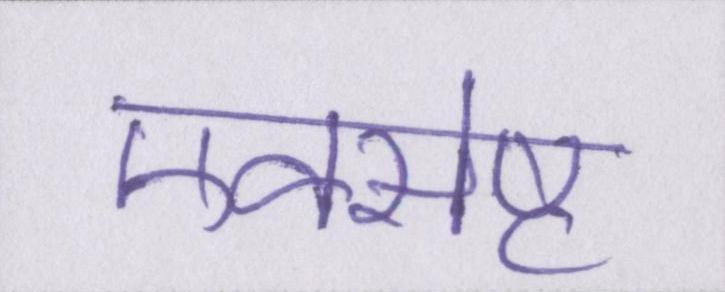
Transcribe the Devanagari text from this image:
एक्सेप्ट